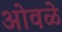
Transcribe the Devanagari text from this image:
ओवळे